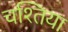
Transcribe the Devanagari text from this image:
चश्तिया